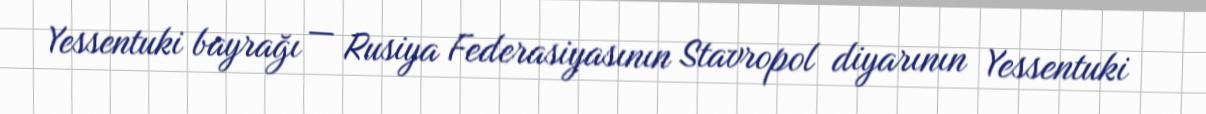
Yessentuki bayrağı — Rusiya Federasiyasının Stavropol diyarının Yessentuki